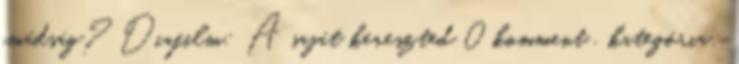
imádság? Diafilm: A saját kereszted 0 komment , kategória: